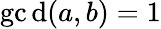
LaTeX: \operatorname*{gc\mathrm{d}}(a,b)=1